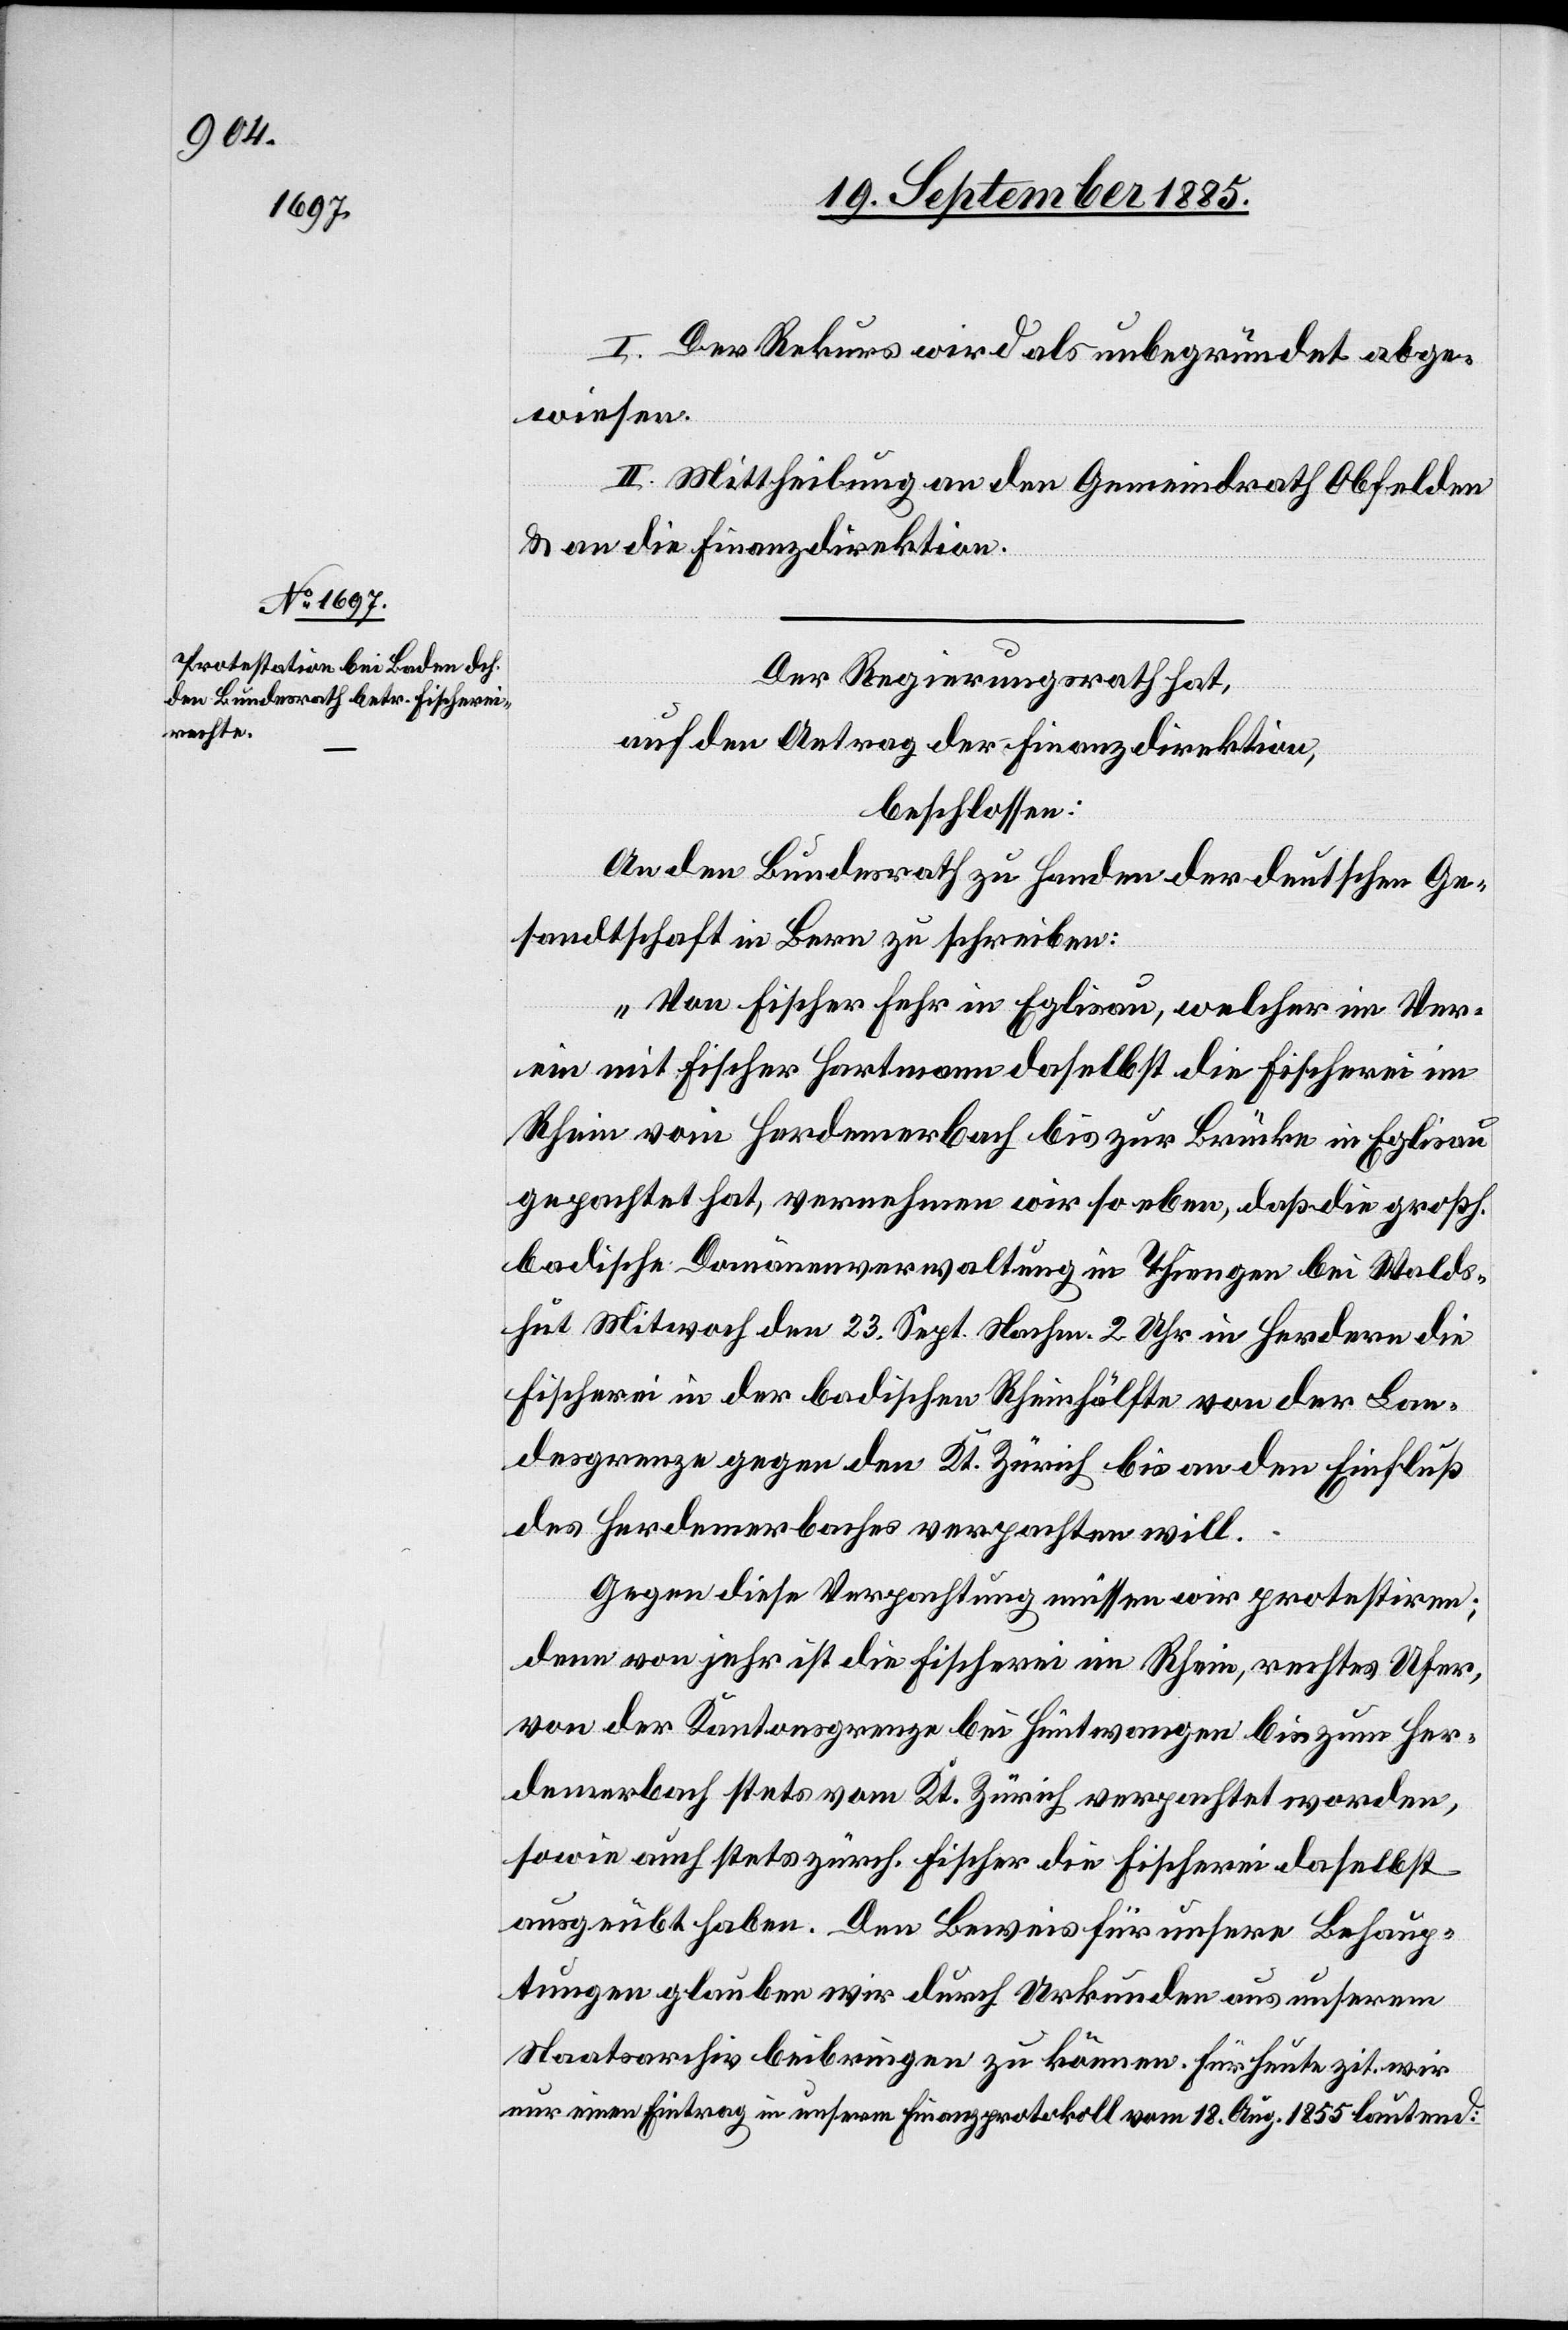
I. Der Rekurs wird als unbegründet abge¬
wiesen.
II. Mittheilung an den Gemeindrath Obfelden
& an die Finanzdirektion.
Der Regierungsrath hat,
auf den Antrag der Finanzdirektion,
beschlossen:
An den Bundesrath zu Handen der deutschen Ge¬
sandtschaft in Bern zu schreiben:
„Von Fischer Fehr in Eglisau, welcher im Ver¬
ein mit Fischer Hartmann daselbst die Fischerei im
Rhein vom Herdenerbach bis zur Brücke in Eglisau
gepachtet hat, vernehmen wir so eben, daß die großh.
badische Domänenverwaltung in Thiengen bei Walds¬
hut Mitwoch den 23. Sept. Nachm. 2 Uhr in Herdern die
Fischerei in der badischen Rheinhälfte von der Lan¬
desgrenze gegen den Kt. Zürich bis an den Einfluß
des Herdenerbaches verpachten will.
Gegen diese Verpachtung müssen wir protestiren;
denn von jeher ist die Fischerei im Rhein, rechtes Ufer,
von der Kantonsgrenze bei Hüntwangen bis zum Her¬
denerbach stets vom Kt. Zürich verpachtet worden,
sowie auch stets zürch. Fischer die Fischerei daselbst
ausgeübt haben. Den Beweis für unsere Behaup¬
tungen glauben wir durch Urkunden aus unserem
Staatsarchiv beibringen zu können. Für heute zit. wir
nur einen Eintrag in unserm Finanzprotokoll vom 18. Aug. 1855 lautend: